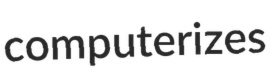
computerizes